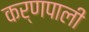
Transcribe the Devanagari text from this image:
कर्णपाली